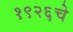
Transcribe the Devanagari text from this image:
१९२६चे